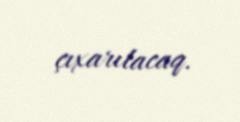
çıxarılacaq.